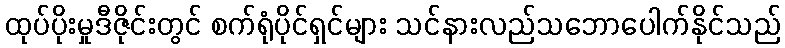
ထုပ်ပိုးမှုဒီဇိုင်းတွင် စက်ရုံပိုင်ရှင်များ သင်နားလည်သဘောပေါက်နိုင်သည်